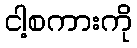
ငါ့စကားကို